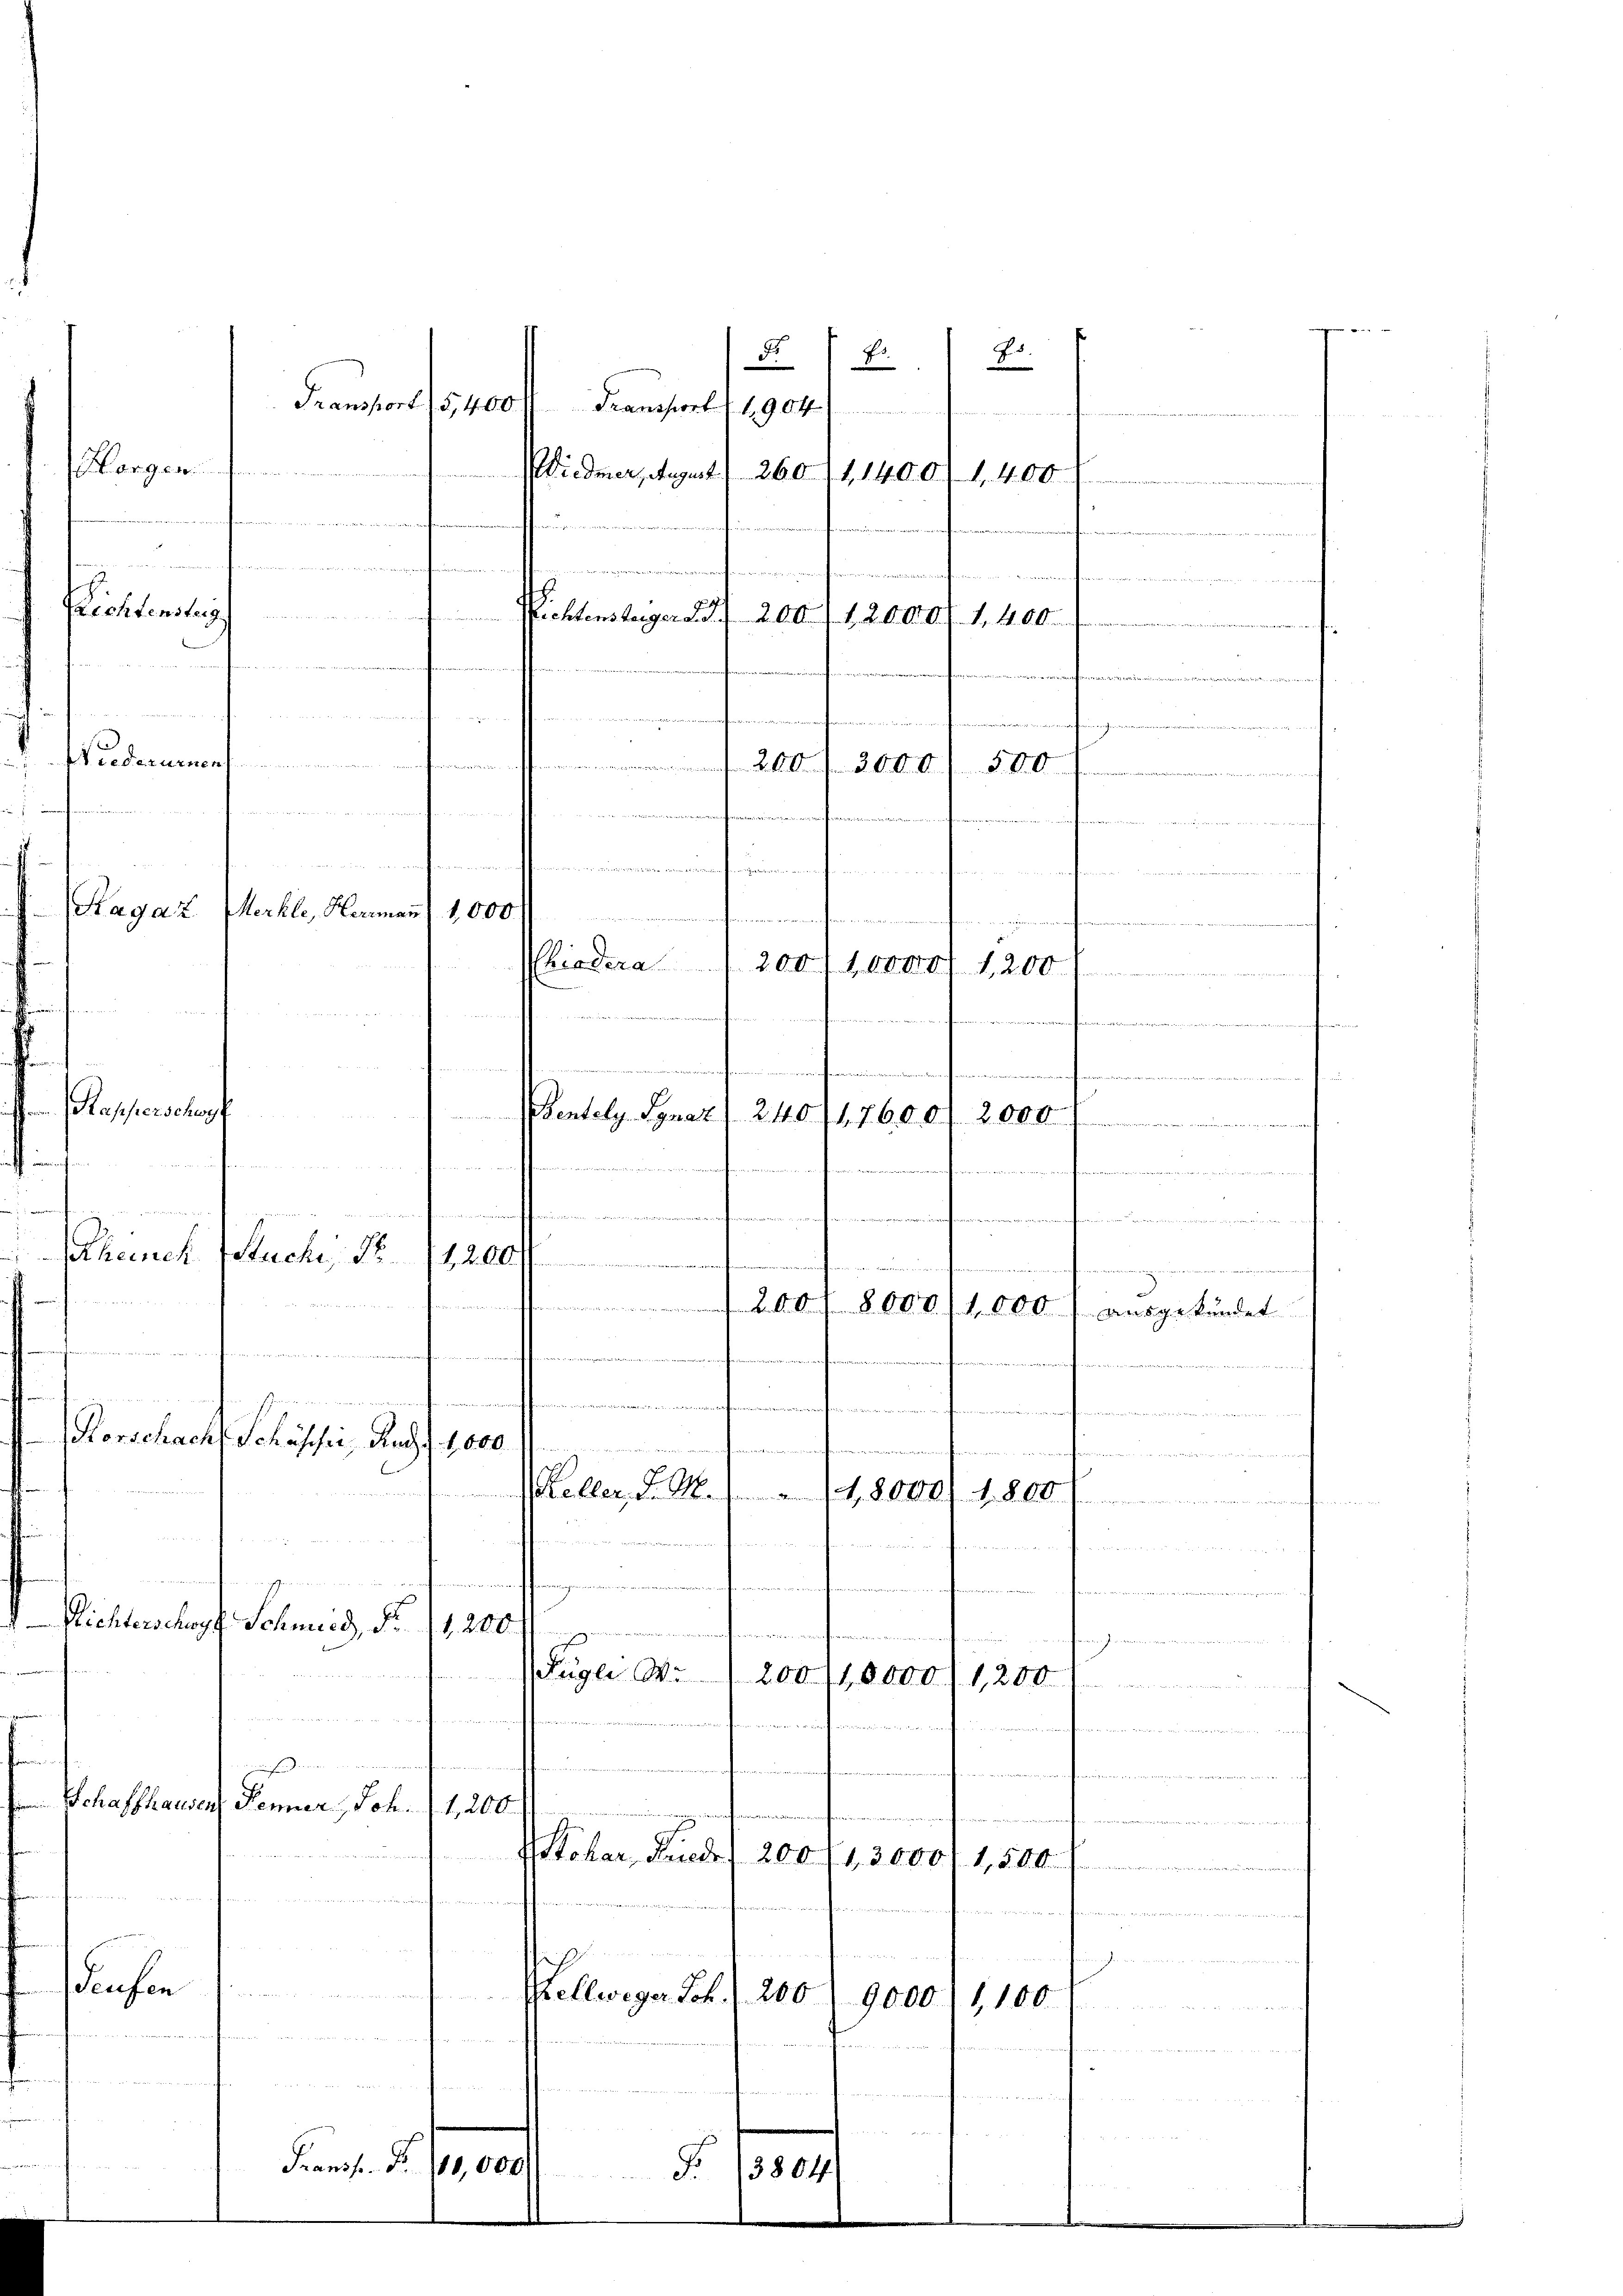
Margemeindenen
n
.
Lichtensteig
federurnen
a

d

Passenschaf

Transport 1 1904
u
2 xx

.

nenheimen
Pliedera / 200, 10000 f 1200

n

..............................
Bentely Ignaz 240/17600/ 2000
 1
isiten
 ich den sie anden
...............................................
ntlichen wieder in den man den
keinek tuche No. 1200 f

200fr. 8000. fl. 60 des ausgekündet
t
munerfernennamen
Diement mittimannen untern
e
Vorschach Schusser, Ruch f. 1000 ff.
Keller, d. M. rt. 8000 . 800.

affen nennen
f

Richterschopf Schmied, Nr. 1200.
tnissen, unteroffen nomination von einiger
Bett. Inter in der Aber der aus der von den einen Fall er so hat den einen als betheilten die er den in

Fügli d. 200 (10,000 (1200
.

h
 heischen weiten von gutes der und mit versichtet
Schaffhausen Renner, Joh. 11,200
n

Poher Finde
200 (13000
1,5 Akten Gene
onform
f
unt in
Seufen
n
Pellweger Joh.
200
9000. 1100

se mit mit 10 t den zu ve

e
M

¬
Fransf Nr. 10,000
5
.

Sagaz Mehle, Hermann) 1,000.

Transport (5,400
mau  .. ..........................
e tuten
i

n
Nichtensteger S. 200 f 12000/1,400.

iedmer, August) 260 (1400/1,400
.
n
e

ais in dem ich
.
...........................
.
e
nenen eine anden den werden verleite verneren werden

d

E.

E.

mrenen, wenn ein